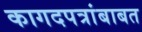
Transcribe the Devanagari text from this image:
कागदपत्रांबाबत